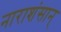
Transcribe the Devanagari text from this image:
नाराशंसान्